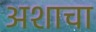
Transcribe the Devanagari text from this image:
अशाचा